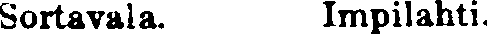
Sortavala. Impilahti.